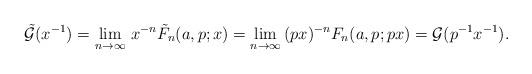
LaTeX: \begin{align*}\tilde{\mathcal{G}}(x^{-1})=\lim_{n\to\infty}\, x^{-n}\tilde{F}_{n}(a,p;x)=\lim_{n\to\infty}\,(px)^{-n}F_{n}(a,p;px)=\mathcal{G}(p^{-1}x^{-1}).\end{align*}